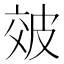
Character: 㿰